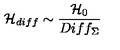
{ \cal H } _ { d i f f } \sim \frac { { \cal H } _ { 0 } } { D i f f _ { \Sigma } }